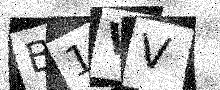
Text: B1VV